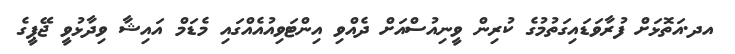
އދ.އަތޮޅަށް ފުރާވަޑައިގަތުމުގެ ކުރިން ވީނިއުސްއަށް ދެއްވި އިންޓަވިއުއެއްގައި މެޑަމް އައިޝާ ވިދާޅުވީ ޖޭޕީގެ